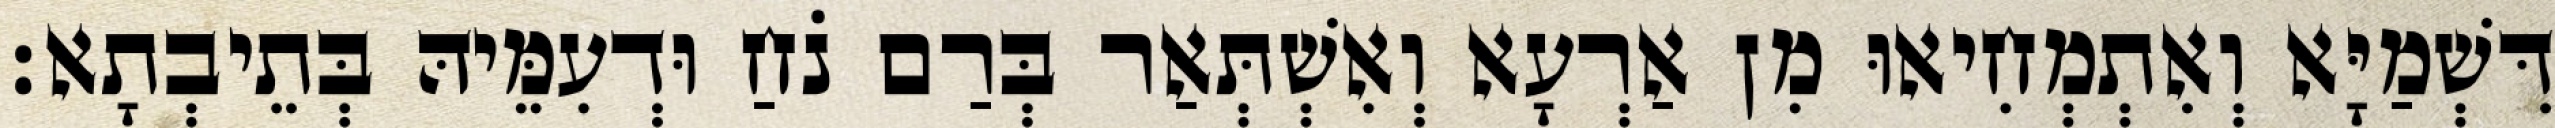
דִּשְׁמַיָּא וְאִתְמְחִיאוּ מִן אַרְעָא וְאִשְׁתְּאַר בְּרַם נֹחַ וּדְעִמֵּיהּ בְּתֵיבְתָא׃